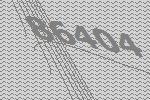
86404